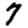
Digit: 7